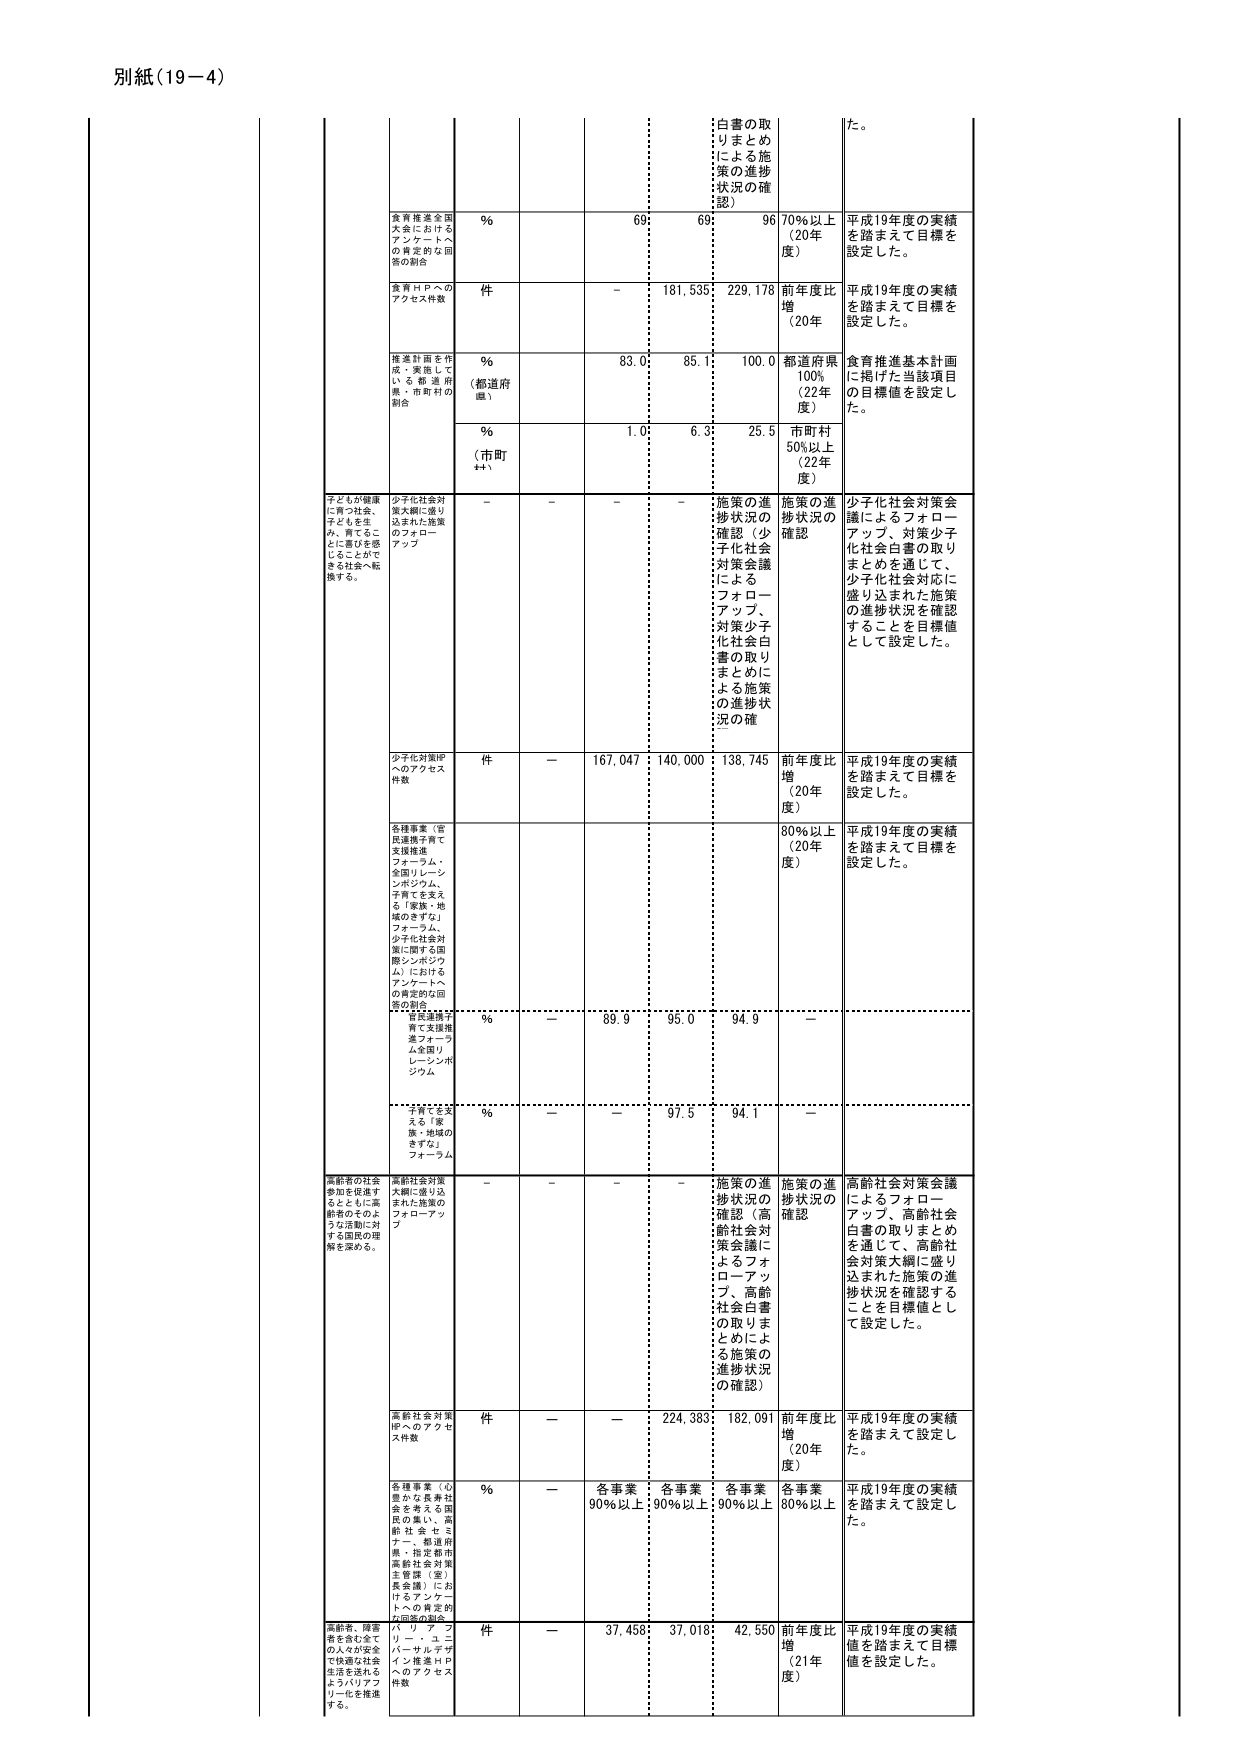
別紙（19－4）

白書の取りまとめによる施策の進捗状況の確認）

た。

食育推進全国大会におけるアンケートへの肯定的な回答
％
69
69
96
70％以上（20年度）
平成19年度の実績を踏まえて目標を設定した。

食育ＨＰへのアクセス件数
件
－
181,535
229,178
前年度比増（20年度）
平成19年度の実績を踏まえて目標を設定した。

推進計画を作成・実施している都道府県・市町村の割合
％（都道府県）
83.0
85.1
100.0
都道府県100％（22年度）
食育推進基本計画に掲げた当該項目の目標値を設定した。

％（市町村）
1.0
6.3
25.5
市町村50％以上（22年度）

子どもが健康に育つ社会、子どもを生み、育てることに喜びを感じることができるようにする社会へ転換する。
少子化社会対策大綱に盛り込まれた施策のフォローアップ
－
－
－
－
施策の進捗状況の確認（少子化社会対策会議によるフォローアップ、対策少子化社会白書の取りまとめによる施策の進捗状況の確認）
施策の進捗状況の確認
少子化社会対策会議によるフォローアップ、対策少子化社会白書の取りまとめを通じて、少子化社会対応に盛り込まれた施策の進捗状況を確認することを目標値として設定した。

少子化対策HPへのアクセス件数
件
－
167,047
140,000
138,745
前年度比増（20年度）
平成19年度の実績を踏まえて目標を設定した。

各種事業（宮民連携子育て支援推進フォーラム、全国リレーションポジウム、子育てを支える「家族・地域のきずな」フォーラム、少子化社会対策に関する国際シンポジウム）におけるアンケートへの肯定的な回答の割合
80％以上（20年度）
平成19年度の実績を踏まえて目標を設定した。

「家族・地域のきずな」フォーラム
％
－
89.9
95.0
94.9
－

「子育てを支える「家族・地域のきずな」フォーラム
％
－
－
97.5
94.1
－

高齢者の社会参加を促進するとともに高齢者のそのような活動に対する国民の理解を深める。
高齢社会対策大綱に盛り込まれた施策のフォローアップ
－
－
－
－
施策の進捗状況の確認（高齢社会対策会議によるフォローアップ、高齢社会白書の取りまとめによる施策の進捗状況の確認）
施策の進捗状況の確認
高齢社会対策会議によるフォローアップ、高齢社会白書の取りまとめを通じて、高齢社会対策大綱に盛り込まれた施策の進捗状況を確認することを目標値として設定した。

高齢社会対策HPへのアクセス件数
件
－
－
224,383
182,091
前年度比増（20年度）
平成19年度の実績を踏まえて設定した。

各種事業（心豊かな長寿社会を考える国民の集い、高齢社会セミナー、都道府県・指定都市高齢社会対策主管課（室）長会議）におけるアンケートへの肯定的な回答の割合
％
－
各事業90％以上
各事業90％以上
各事業90％以上
各事業80％以上
平成19年度の実績を踏まえて設定した。

高齢者、障害者を含む全ての人々が安全で快適な社会生活を送れるようバリアフリー化を推進する。
バリアフリー・ユニバーサルデザイン推進ＨＰへのアクセス件数
件
－
37,458
37,018
42,550
前年度比増（21年度）
平成19年度の実績値を踏まえて目標値を設定した。